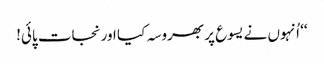
‘‘ اُنہوں نے یسوع پر بھروسہ کیا اور نجات پائی!